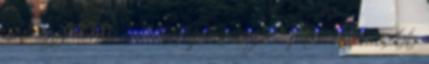
csak egy darab van, betolja és vége: Talán érdemesebb